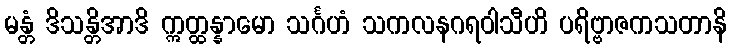
မန္တံ ဒိသန္တိအာဒိ ဣတ္ထန္နာမော သင်္ဂဟံ သကလနဂရဝါသီဟိ ပရိဗ္ဗာဇကသတာနိ